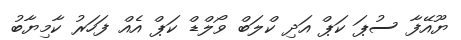
ޔޫއޭފާ ސުޕަ ކަޕް އަދި ކްލަބް ވޯލްޑް ކަޕް އެއް ފަހަރު ކާމިޔާބު